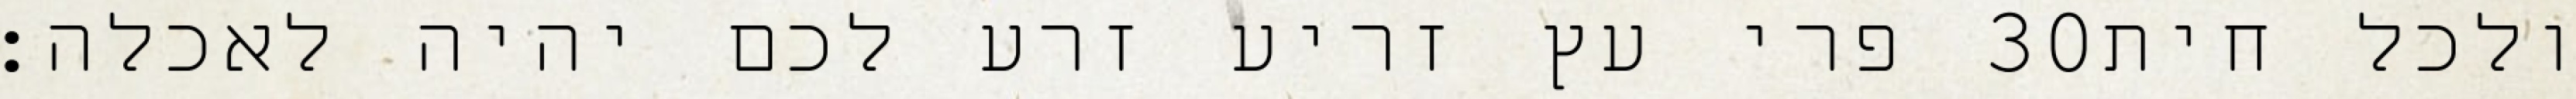
פרי עץ זריע זרע לכם יהיה לאכלה׃ ‎30‏ ולכל חית